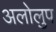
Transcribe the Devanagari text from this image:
अलोलुप